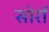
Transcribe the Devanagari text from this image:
सोरॉ